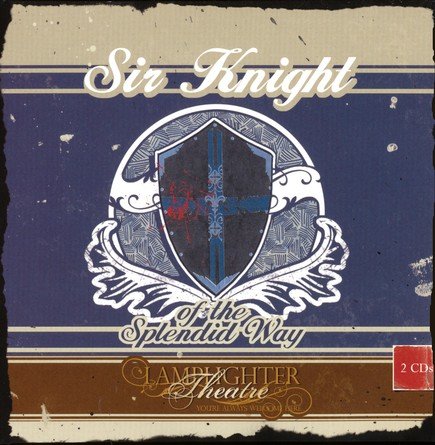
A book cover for Sir Knight of the Splendid Way Dramatic Audio (Lamplighter Theatre); W.E. Cule; Christian Books & Bibles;